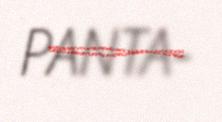
PANTA-